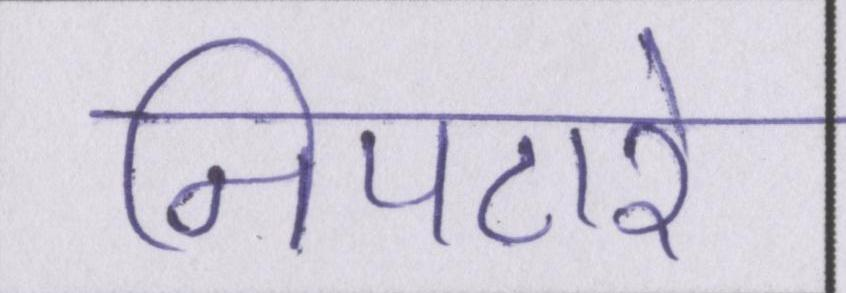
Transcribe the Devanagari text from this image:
निपटारे